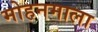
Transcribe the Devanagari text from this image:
मोहनमाला